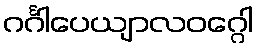
ဂင်္ဂါပေယျာလဝဂ္ဂေါ